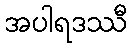
အပါရဒဿီ